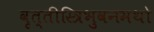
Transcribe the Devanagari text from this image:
वृत्तीस्त्रिभुवनमथो